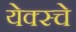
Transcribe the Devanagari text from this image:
येक्स्चे